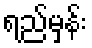
ရည်မှန်း